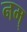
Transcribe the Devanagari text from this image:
नम्‌